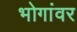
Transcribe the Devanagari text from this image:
भोगांवर